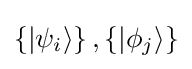
\left\{|\psi _{i}\rangle \right\},\left\{|\phi _{j}\rangle \right\}